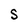
Character: S